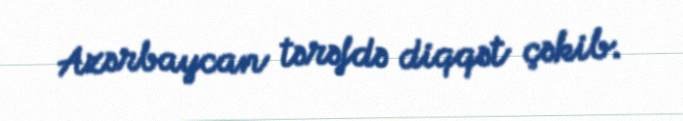
Azərbaycan tərəfdə diqqət çəkib.